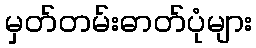
မှတ်တမ်းဓာတ်ပုံများ